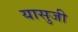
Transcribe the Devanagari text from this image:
यासुजी